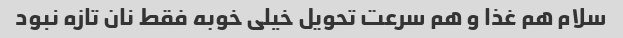
سلام هم غذا و هم سرعت تحویل خیلی خوبه فقط نان تازه نبود